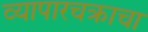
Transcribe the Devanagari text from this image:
व्यापारचक्राचा